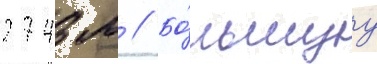
2743 м // Бо́льшуу